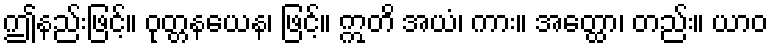
ဤနည်းဖြင့်။ ဝုတ္တနယေန၊ ဖြင့်။ ဣတိ အယံ၊ ကား။ အတ္ထော၊ တည်း။ ယာဝ